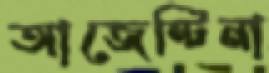
আজেন্টিনা